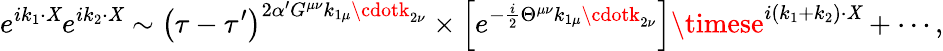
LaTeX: e^{ik_{1}\cdot\mathit{X}}e^{ik_{2}\cdot\mathit{X}}\sim\left(\tau-\tau^{\prime}\right)^{2\alpha^{\prime}G^{\mu\nu}k_{1\mu}\cdotk_{2\nu}}\times\left[e^{-\frac{{i}}{{2}}\Theta^{\mu\nu}k_{1\mu}\cdotk_{2\nu}}\right]\timese^{i\left(k_{1}+k_{2}\right)\cdot\mathit{X}}+\cdots,